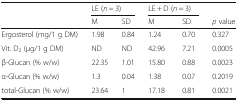
<table><thead><tr><td rowspan="2"></td><td colspan="2"><b>LE (<i>n</i> = 3)</b></td><td colspan="2"><b>LE + D (<i>n</i> = 3)</b></td><td></td></tr><tr><td><b>M</b></td><td><b>SD</b></td><td><b>M</b></td><td><b>SD</b></td><td><b><i>p</i> value</b></td></tr></thead><tbody><tr><td>Ergosterol (mg/1 g DM)</td><td>1.98</td><td>0.84</td><td>1.24</td><td>0.70</td><td>0.327</td></tr><tr><td>Vit. D<sub>2</sub> (μg/1 g DM)</td><td>ND</td><td>ND</td><td>42.96</td><td>7.21</td><td>0.0005</td></tr><tr><td>β-Glucan (% w/w)</td><td>22.35</td><td>1.01</td><td>15.80</td><td>0.88</td><td>0.0023</td></tr><tr><td>α-Glucan (% w/w)</td><td>1.3</td><td>0.04</td><td>1.38</td><td>0.07</td><td>0.2019</td></tr><tr><td>total-Glucan (% w/w)</td><td>23.64</td><td>1</td><td>17.18</td><td>0.81</td><td>0.0021</td></tr></tbody></table>